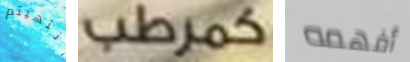
انتهيتم كمرطب أفهمه